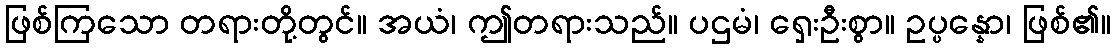
ဖြစ်ကြသော တရားတို့တွင်။ အယံ၊ ဤတရားသည်။ ပဌမံ၊ ရှေးဦးစွာ။ ဥပ္ပန္နော၊ ဖြစ်၏။